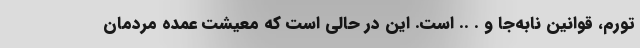
تورم، قوانین نابه‌جا و . .. است. این در حالی است که معیشت عمده مردمان